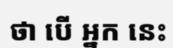
ថា បើ អ្នក នេះ